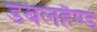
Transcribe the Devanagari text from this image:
डबलहैण्ड